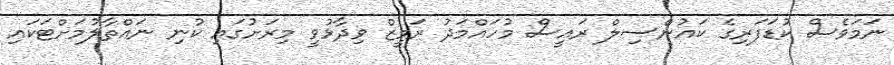
ނަމަވެސް ކުޑަފަރިގެ ކައުންސިލް ރައީސް މުހައްމަދު ރަމީޒް ވިދާޅުވީ މިރަށުގައި ކުނި ނައްތާލުމަށްޓަކައި